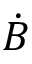
\dot { B }